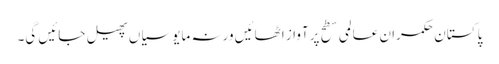
پا کستان حکمران عالمی سطح پرآواز اٹھائیں ورنہ مایوسیاں پھیل جائیں گی۔